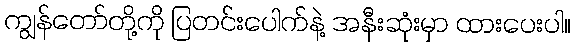
ကျွန်တော်တို့ကို ပြတင်းပေါက်နဲ့ အနီးဆုံးမှာ ထားပေးပါ။